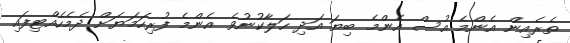
ތެރެއިން އެންމެ އުސް އެންމެ ބިޔަ އަދި ހަލާކުނުވެ އެންމެ ފުރިހަމަޔަށް ދެމެހެއްޓިފައި